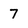
Character: 7